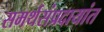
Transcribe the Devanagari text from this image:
समर्थसंप्रदायांत